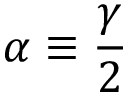
\alpha \equiv { \frac { \gamma } { 2 } }